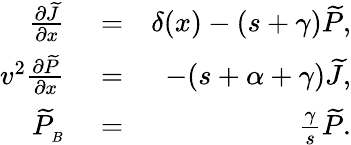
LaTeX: \begin{array}{rlr}{\frac{\partial{\widetilde{J}}}{\partial x}}&{{}=}&{\delta(x)-(s+\gamma){\widetilde P},}\\ {v^{2}\frac{\partial{\widetilde P}}{\partial x}}&{{}=}&{-(s+\alpha+\gamma){\widetilde J},}\\ {{\widetilde P}_{_B}}&{{}=}&{\frac{\gamma}{s}{\widetilde P}.}\end{array}